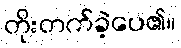
တိုးတက်ခဲ့ပေ၏။